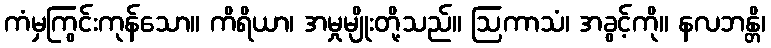
ကံမှကြွင်းကုန်သော။ ကိရိယာ၊ အမှုမျိုးတို့သည်။ ဩကာသံ၊ အခွင့်ကို။ နလဘန္တိ၊